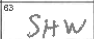
Transcription: SHW